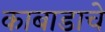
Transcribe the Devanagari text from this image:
काबाडाचे